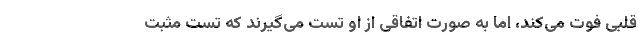
قلبی فوت می‌کند، اما به صورت اتفاقی از او تست می‌گیرند که تست مثبت